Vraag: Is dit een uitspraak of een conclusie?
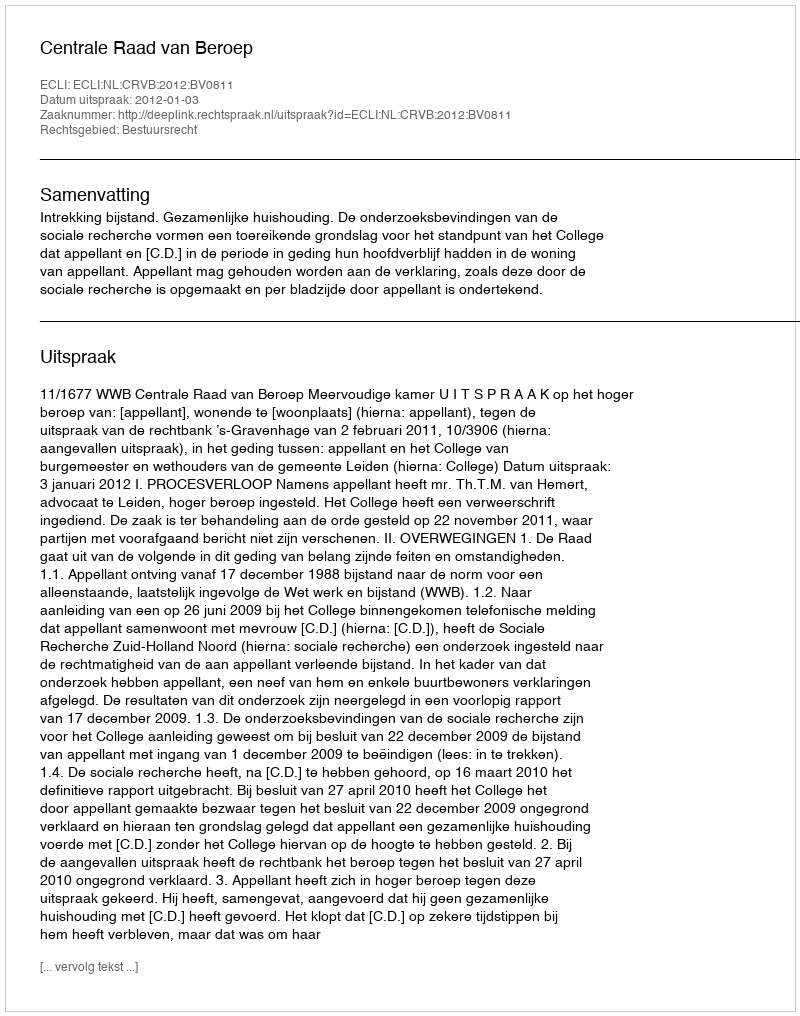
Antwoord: Uitspraak